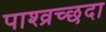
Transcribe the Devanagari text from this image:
पाश्व्रच्छदा